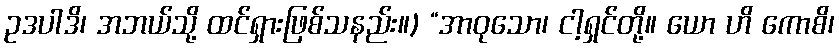
ဥဒပါဒိ၊ အဘယ်သို့ ထင်ရှားဖြစ်သနည်း။) “အာဝုသော၊ ငါ့ရှင်တို့။ ယော ဟိ ကောစိ၊